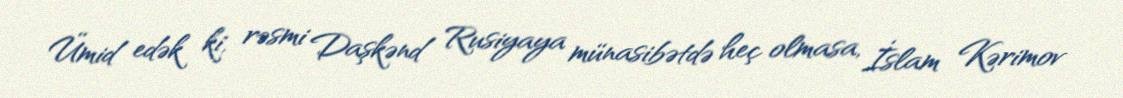
Ümid edək ki, rəsmi Daşkənd Rusiyaya münasibətdə heç olmasa, İslam Kərimov